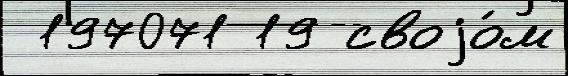
 197071 19 своjо́м